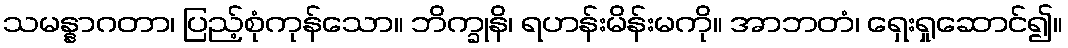
သမန္နာဂတာ၊ ပြည့်စုံကုန်သော။ ဘိက္ခုနိ၊ ရဟန်းမိန်းမကို။ အာဘတံ၊ ရှေးရှုဆောင်၍။